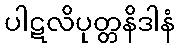
ပါဋလိပုတ္တနိဒါနံ